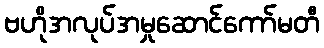
ဗဟိုအလုပ်အမှုဆောင်ကော်မတီ